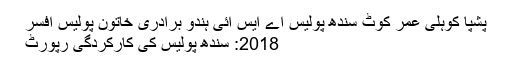
پشپا کوہلی عمر کوٹ سندھ پولیس اے ایس آئی ہندو برادری خاتون پولیس افسر
2018: سندھ پولیس کی کارکردگی رپورٹ